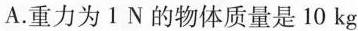
A.重力为1N的物体质量是10kg